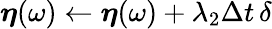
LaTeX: \boldsymbol{\eta}(\omega)\gets\boldsymbol{\eta}(\omega)+\lambda_{2}\Delta t\, \delta